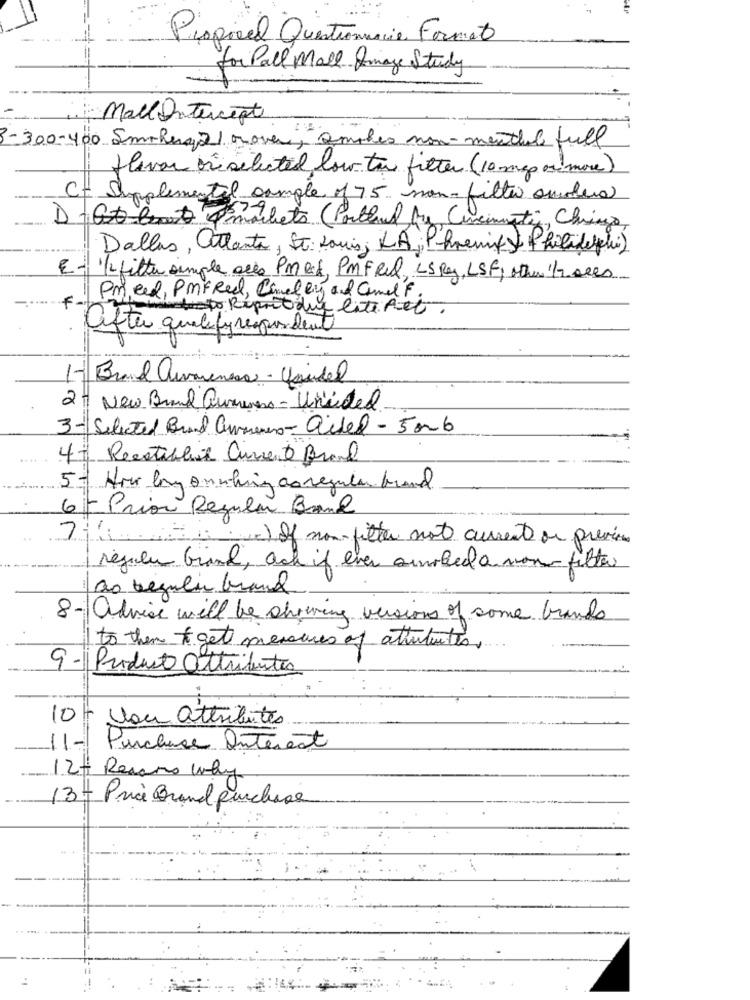
Proposed Questionnaie Formet
for Pall Mall Dimage Study
MallIntercept
3-300-400 Smtherap rover, amakes non-menthal full
flavor ori selected low to filter (10 mg ormore)
C- Supplemental sample of 75 non- filter ouders
markets ( Portlead by Cincinnati, Chrisgo,
Dallas, atlanta, St. Louis; LA ,; P hrenit > Philadelphi)
E- 1/ filter simple alla Pmed, PMFRel, LS Ray, LSF, other 12 sees
Pmeed, PMFRE, Cancel ly and Camel F.
4
busto Riproduy late Ret.
after qualify respondent
-
Brand aumensa - Unidel
2- New Brand aucunes - United
3- Selected Brand awarenes-aided - 50mb
.....
4- Reestibleat Current Brand
51
Hoe bay onwhing as regular brand
6 - Prior Regular Band
7:1 = = 21 non-fitter not curent on previous
regula Grand, ack if ever smoked a mon filter
ao regular brand
8- advise will be showing versions of some brands
to them to get measures of ativturtes.
9 -Product attributes
10 von attributes
11-
Purchase Interest
12+ Reasons why
13- Price Brand purchase